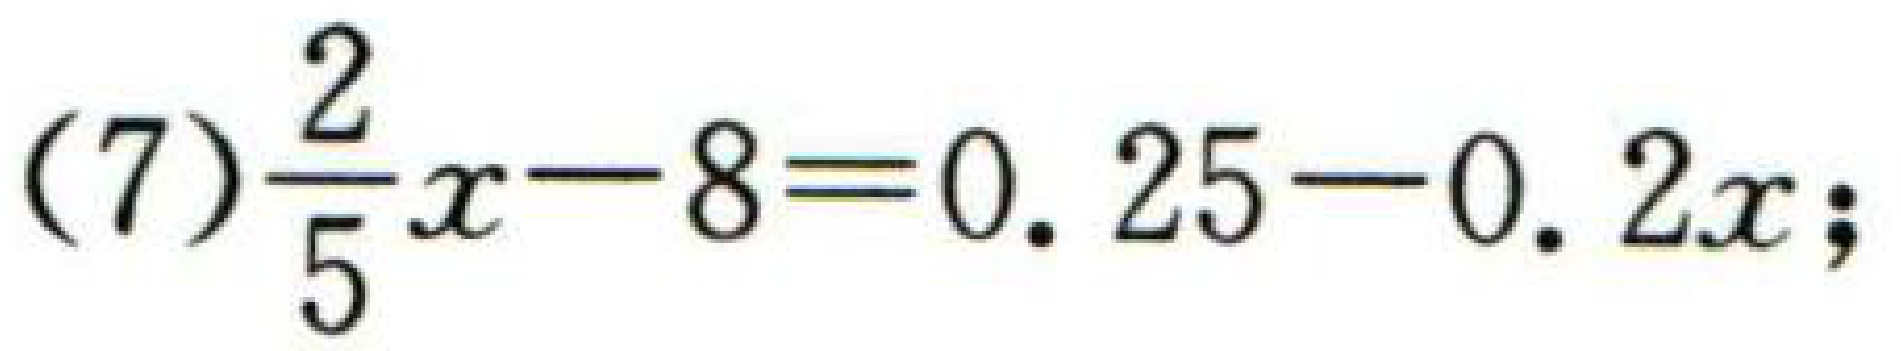
(7)$\frac{2}{5}x - 8 = 0.25 - 0.2x$;